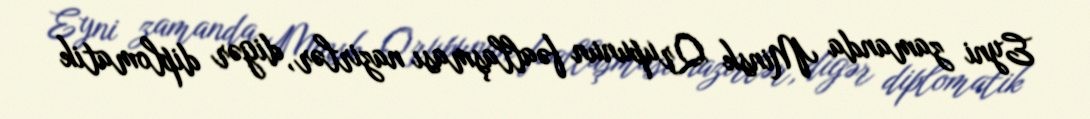
Eyni zamanda Minsk Qrupunun fəallaşması nazirlər, digər diplomatik